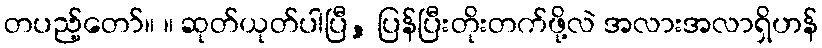
တပည့်တော်။ ။ ဆုတ်ယုတ်ပါပြီ, ပြန်ပြီးတိုးတက်ဖို့လဲ အလားအလာရှိဟန်